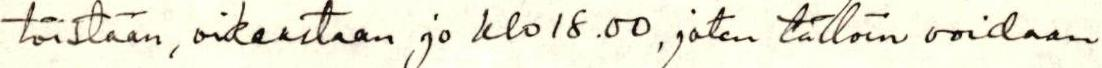
töistään, oikeastaan jo klo 18.00, joten tällöin voidaan